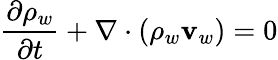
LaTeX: \frac{\partial\rho_{w}}{\partial t}+\nabla\cdot(\rho_{w}{\mathbf v}_{w})=0